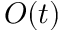
O ( t )